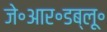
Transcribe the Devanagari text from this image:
जे॰आर॰डब्लू॰